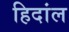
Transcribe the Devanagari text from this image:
हिदांल